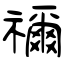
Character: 禰